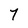
Character: 7